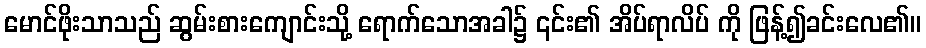
မောင်ဖိုးသာသည် ဆွမ်းစားကျောင်းသို့ ရောက်သောအခါ၌ ၎င်း၏ အိပ်ရာလိပ် ကို ဖြန့်၍ခင်းလေ၏။